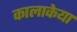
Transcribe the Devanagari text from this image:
कालाकेया